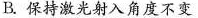
B.保持激光射入角度不变